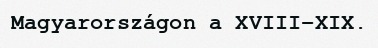
Magyarországon a XVIII-XIX.